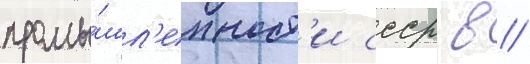
промы́шл'енност'и ссср в //